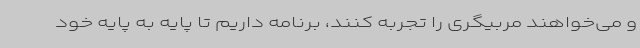
و می‌خواهند مربیگری را تجربه کنند، برنامه داریم تا پایه به پایه خود